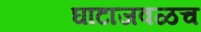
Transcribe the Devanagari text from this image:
घाटाजवळच